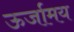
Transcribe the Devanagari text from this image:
ऊर्जामय